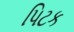
પિટક